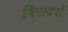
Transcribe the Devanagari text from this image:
बिरादरों